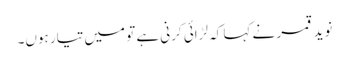
نوید قمر نے کہا کہ لڑائی کرنی ہے تو میں تیار ہوں۔